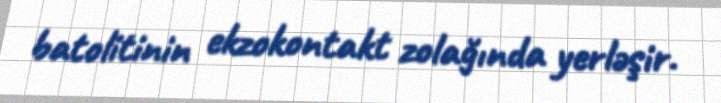
batolitinin ekzokontakt zolağında yerləşir.